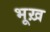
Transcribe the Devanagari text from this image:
भूख़